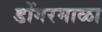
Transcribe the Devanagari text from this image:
डोंगरमाळा